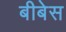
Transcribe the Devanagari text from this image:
बीबेस